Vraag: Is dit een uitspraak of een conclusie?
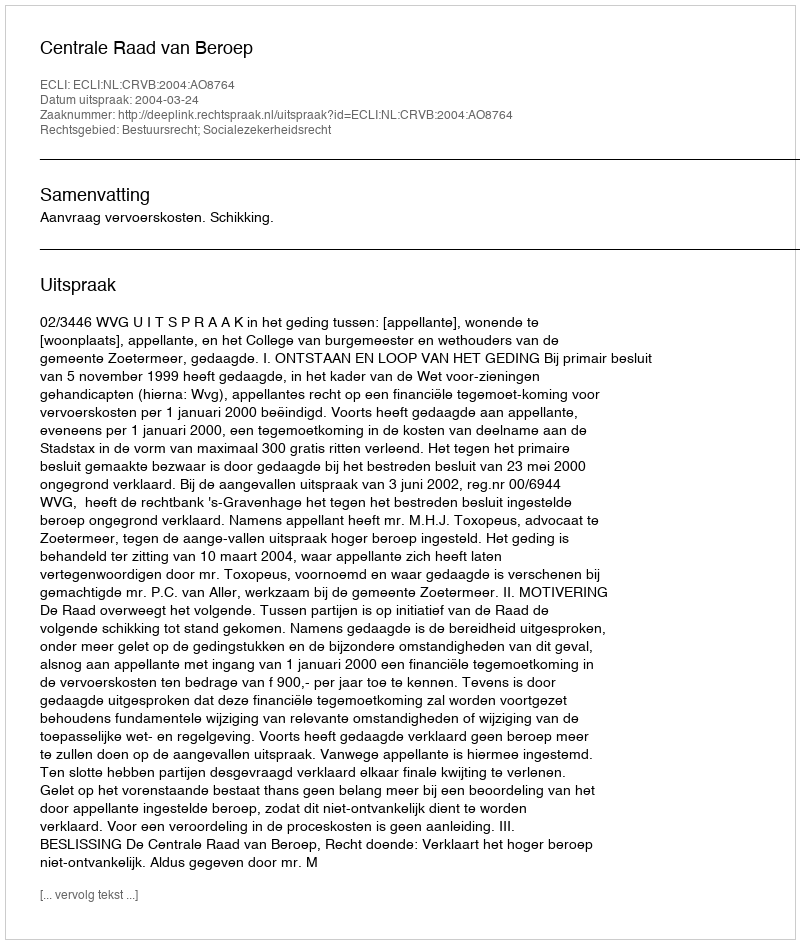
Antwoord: Uitspraak